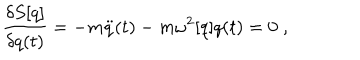
{ \frac { \delta S [ q ] } { \delta q ( t ) } } = - m \ddot { q } ( t ) - m \omega ^ { 2 } [ q ] q ( t ) = 0 \; ,